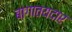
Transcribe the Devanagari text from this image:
बागातयदार